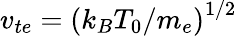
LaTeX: v_{te}={(k_{B}T_{0}/m_{e})}^{1/2}